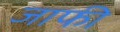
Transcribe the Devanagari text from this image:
जाफी